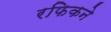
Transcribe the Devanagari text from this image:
रफिकने